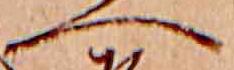
へ